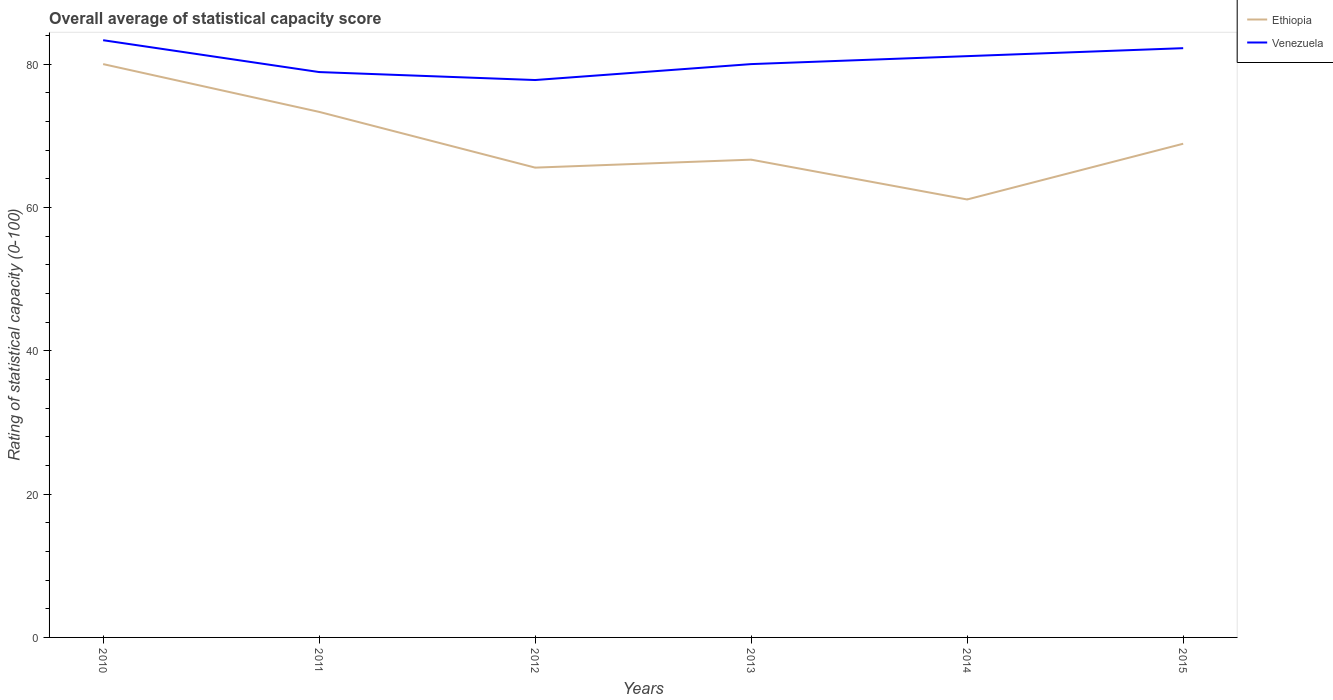
| Years | Ethiopia | Venezuela |
 | --- | --- | --- |
 | 2010 | 80 | 83.3 |
 | 2011 | 73.3 | 78.9 |
 | 2012 | 65.6 | 77.8 |
 | 2013 | 66.7 | 80 |
 | 2014 | 61.1 | 81.1 |
 | 2015 | 68.9 | 82.2 |